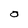
Character: O